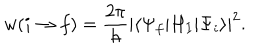
LaTeX: w ( i \rightarrow f ) = { \frac { 2 \pi } { \hbar } } | \langle \Psi _ { f } | H _ { I } | \Psi _ { i } \rangle | ^ { 2 } .